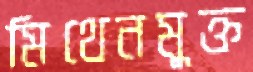
মিথেনমুক্ত